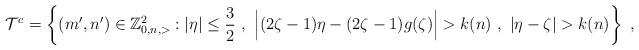
LaTeX: \begin{align*}\mathcal{T}^c = \left \{ (m',n') \in \mathbb{Z}^2_{0,n, >} : |\eta| \le \frac{3}{2} ~, ~\Big | (2\zeta-1) \eta-(2\zeta-1) g(\zeta) \Big | > k (n) ~,~ |\eta-\zeta| > k (n) \right \} \ ,\end{align*}